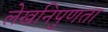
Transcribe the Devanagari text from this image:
लेखनिपुणता